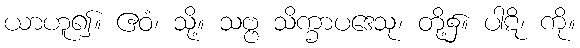
ယာဟူ၍။ ဧဝံ၊ သို့။ သဗ္ဗ သိက္ခာပဒေသု၊ တို့၌။ ပါဋိ၊ ကို။